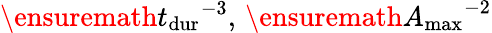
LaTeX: \ensuremath{t_{\mathrm{dur}}}^{-3},\, \ensuremath{A_{\mathrm{max}}}^{-2}